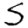
Digit: 5